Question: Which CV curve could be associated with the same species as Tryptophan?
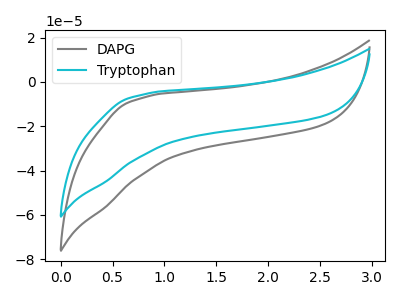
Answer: <think>The gray curve "DAPG" has no peaks. The cyan curve "Tryptophan" has no peaks.
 Neither "DAPG" or "Tryptophan" have any peaks.</think>
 <answer>The CV with the most similar shape to "DAPG" is "Tryptophan".</answer>
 <eval>"Tryptophan"</eval>